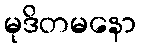
မုဒိတမနော